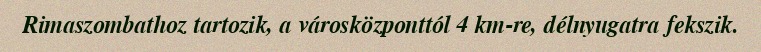
Rimaszombathoz tartozik, a városközponttól 4 km-re, délnyugatra fekszik.